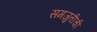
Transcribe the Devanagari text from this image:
समजुतीची